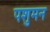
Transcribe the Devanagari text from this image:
पशुमन